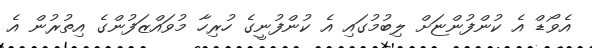
އެވޯޑް އެ ކުންފުންޏަށް ލިބުމުގައި އެ ކުންފުނީގެ ހުރިހާ މުވައްޒަފުންގެ އިތުރުން އެ